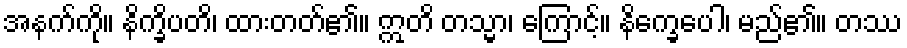
အနက်ကို။ နိက္ခိပတိ၊ ထားတတ်၏။ ဣတိ တသ္မာ၊ ကြောင့်။ နိက္ခေပေါ၊ မည်၏။ တဿ